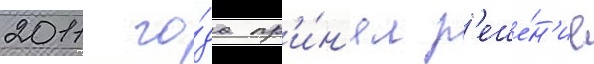
2011 го́да пр'и́н'ял р'еше́н'ие